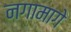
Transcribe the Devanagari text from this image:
नगामागे